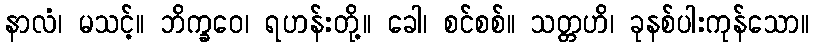
နာလံ၊ မသင့်။ ဘိက္ခဝေ၊ ရဟန်းတို့။ ခေါ၊ စင်စစ်။ သတ္တဟိ၊ ခုနစ်ပါးကုန်သော။